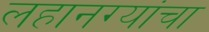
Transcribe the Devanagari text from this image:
लहानग्यांचा